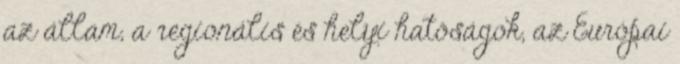
az állam, a regionális és helyi hatóságok, az Európai